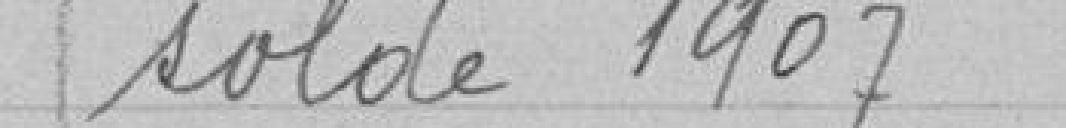
solde 1907